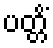
ပတ္တိံ